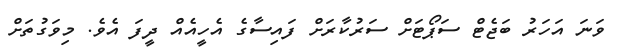
ވަނަ އަހަރު ބަޖެޓް ސަޕޯޓަށް ސަރުކާރަށް ފައިސާގެ އެހީއެއް ދީފަ އެވެ. މިވަގުތަށް